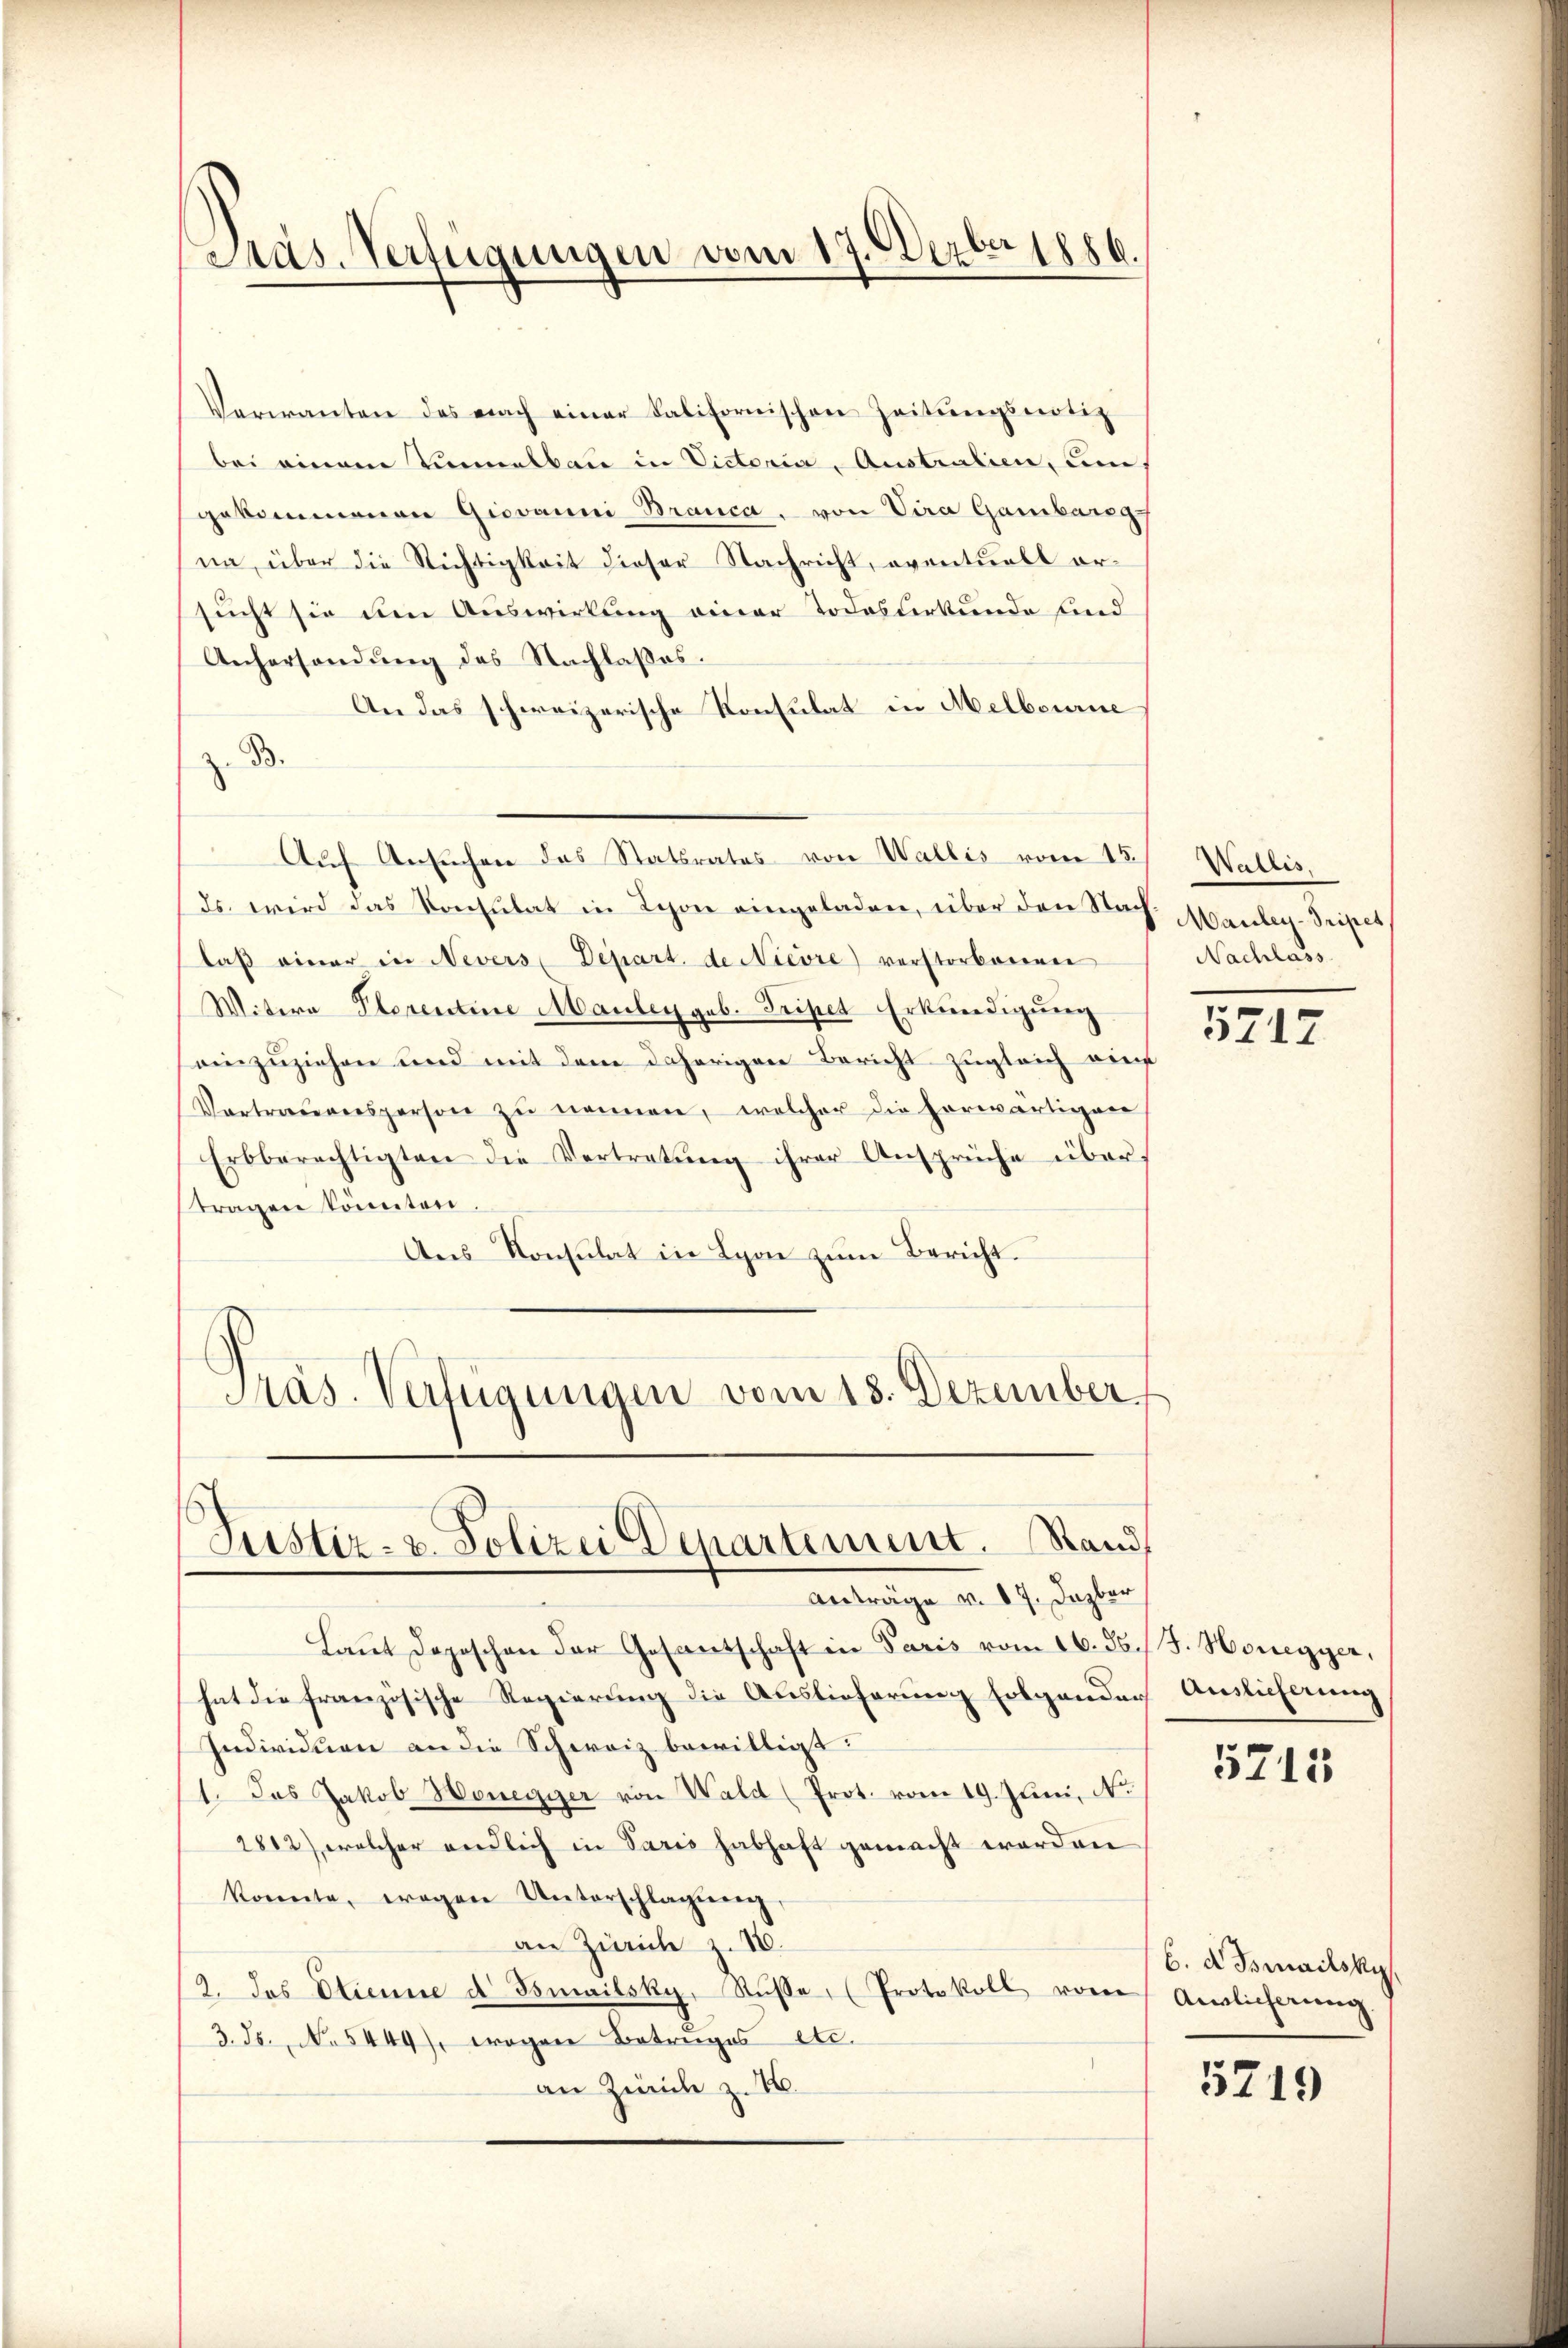
Pras. Verfügungen vom 17. Derber 1886.

Veranten des nach einer Kalifornischen Zeitŭngsnotiz
bei einem Vennalbau in Victoria, Australien, um
gekommenen Giovanni Branca. von Vira Gambareg
nn, über die Richtigkeit dieser Nachricht, eventuell ersucht sie den Auswirkung einer Todesurkunde sind
Anhersendung des Nachlaßes.
An das schweizerische Konsulat in Melbourne
z. B.
Auf Ansuchen des Statsrates von Wallis vom 15.
ds. wird das Konsulat in Schon eingeladen, über den Nach Mauley-Priper
daβ einer in Nevers Depart de Nievre) verstorbenenen
Witwe Plorentine Mauley geb. Tripet Erkundigŭng
einzuziehen und mit dem daherigen Bericht zugleich auf
Vortrauensperson zu nennen, welcher die herwärtigen
Erbberechtigten die Vertretung ihrer Ansprüche übertragen könnten.
Ans Konsulat in Lyon zŭm Bericht.
Präs. Verfügungen vom 13. Dezember.

Justiz- u. Polizei Departement. Stand,
Anträge v. 17. Dazbar

Laŭt depeschen der Gesandschaft in Paris vom 16. d. J. Honegger,
hat die französische Regierung die Auslieferung folgenden Auslicherung
Individuen an die Schweiz bewilligt:
1. Das Jakob Honegger von Wald (Prot. vom 19. Juni, N.
2812), welcher endlich in Paris habhaft gemacht worden
konnte, wegen Unterschlagung,
an Zürich z. 18.
(2. das Etienne d. Jsmailsky, Rŭse, (Protokoll vom
3. Js., No 5449), wogen Betruges etc.
an Zürich z. B.

Wallis.
Nachlass

5712

5715

6. d. Bsmailskys
Ainlicherung

5719